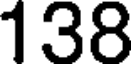
138